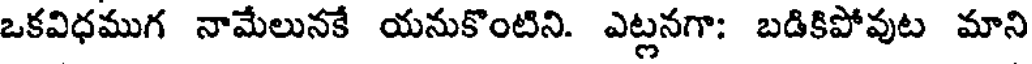
ఒకవిధముగ నామేలునకే యనుకొంటిని. ఎట్లనగా: బడికిపోవుట మాని